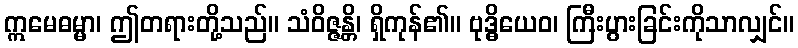
ဣမေဓမ္မာ၊ ဤတရားတို့သည်။ သံဝိဇ္ဇန္တိ၊ ရှိကုန်၏။ ဗုဒ္ဓိယေဝ၊ ကြီးပွားခြင်းကိုသာလျှင်။